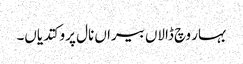
بہار وچ ڈالاں بیراں نال پرو کتدیاں۔